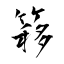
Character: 簃